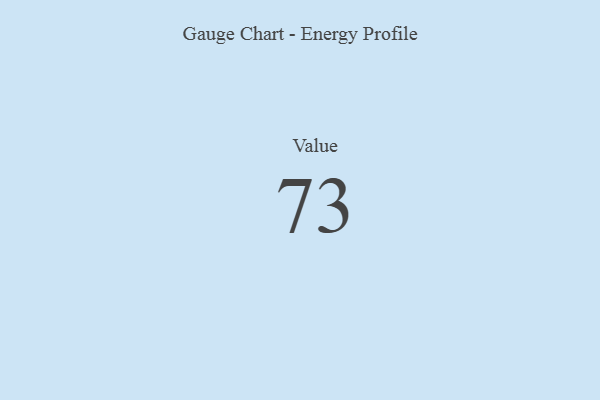
{"axis": {"x": "Metric", "y": "Value"}, "legend": [""], "data": [{"x": "Value", "y": 73, "type": ""}]}